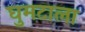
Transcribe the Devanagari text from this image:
घुमटाला